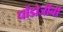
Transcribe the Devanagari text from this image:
धोंडोजींनी